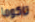
تاكوما